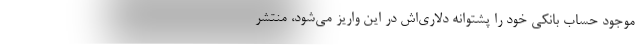
موجود حساب بانکی خود را پشتوانه دلاری‌اش در این واریز می‌شود، منتشر